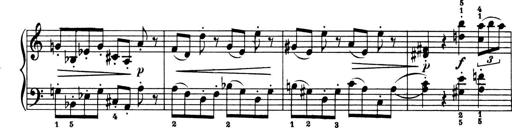
Title: 4 Sonatines
Composer: Max Reger